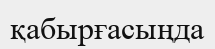
қабырғасыңда